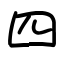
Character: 四